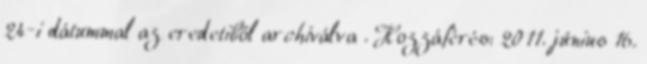
24-i dátummal az eredetiből archiválva . Hozzáférés: 2011. június 16.